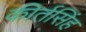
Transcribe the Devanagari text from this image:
कीर्तसिंह